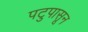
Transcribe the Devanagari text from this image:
पटुपासून